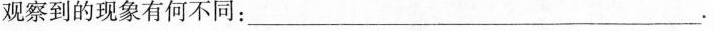
观察到的现象有何不同：___.